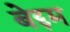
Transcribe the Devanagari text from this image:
बेद्दम